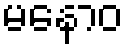
မနောဝ